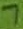
Text: 7